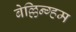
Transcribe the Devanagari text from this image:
बेल्लिन्ग्हम